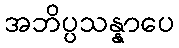
အဘိပ္ပသန္နာပေ